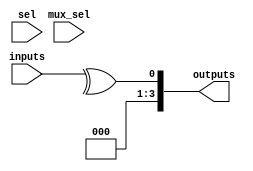
module combinational_logic_blocks #(
    parameter NUM_INPUTS = 4, // Number of inputs (2 to 16)
    parameter FUNCTION_SEL = 3 // Function selection: 0-AND, 1-OR, 2-NOT, 3-XOR, 4-NAND, 5-NOR, 6-MUX
)(
    input [NUM_INPUTS-1:0] inputs, // Input bus
    input [NUM_INPUTS-1:0] sel, // Selector for MUX
    input [1:0] mux_sel, // MUX select lines
    output reg [NUM_INPUTS-1:0] outputs // Output bus
);

// Function selection logic
always @(*) begin
    case (FUNCTION_SEL)
        3'b000: // AND
            outputs = &inputs; // AND operation
        3'b001: // OR
            outputs = |inputs; // OR operation
        3'b010: // NOT (only for the first input for simplicity)
            outputs[0] = ~inputs[0];
        3'b011: // XOR
            outputs = ^inputs; // XOR operation
        3'b100: // NAND
            outputs = ~(inputs[0] & inputs[1]); // NAND operation
        3'b101: // NOR
            outputs = ~(inputs[0] | inputs[1]); // NOR operation
        3'b110: // MUX
            case (mux_sel)
                2'b00: outputs = inputs[0]; // MUX 2-to-1
                2'b01: outputs = inputs[1];
                2'b10: outputs = inputs[2]; // MUX 4-to-1
                2'b11: outputs = inputs[3];
                default: outputs = 0;
            endcase
        default:
            outputs = 0; // Default case
    endcase
end

endmodule